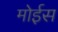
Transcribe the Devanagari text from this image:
मोईस